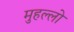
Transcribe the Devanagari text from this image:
मुहल्लो